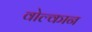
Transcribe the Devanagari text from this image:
वोल्कान